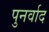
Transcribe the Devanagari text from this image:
पुनर्वाद